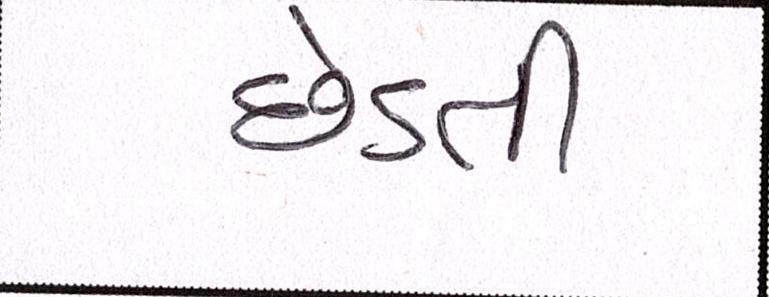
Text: છેડતી